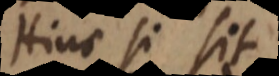
Hinc si sit